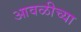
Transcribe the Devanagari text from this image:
आवळीच्या